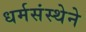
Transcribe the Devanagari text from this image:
धर्मसंस्थेने